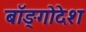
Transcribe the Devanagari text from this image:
बॉङ्गोदेश